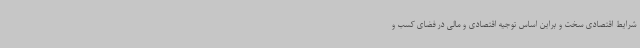
شرایط اقتصادی سخت و براین اساس توجیه اقتصادی و مالی در فضای کسب و